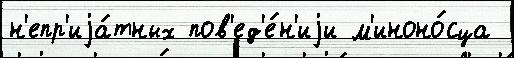
н'епр'иjа́тных пов'ед'е́н'иjи м'иноно́сца